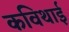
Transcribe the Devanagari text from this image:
कविथाई